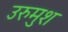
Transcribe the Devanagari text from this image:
उरुमुश